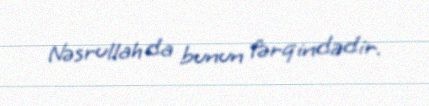
Nəsrullah da bunun fərqindədir.